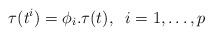
\begin{align*} \tau(t^i)=\phi_i.\tau(t),\;\;i=1,\ldots,p\end{align*}